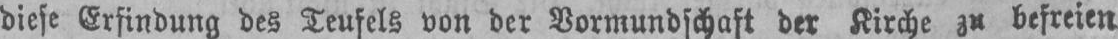
diese Erfindung des Teufels von der Vormundschaft der Kirche zu befreien.